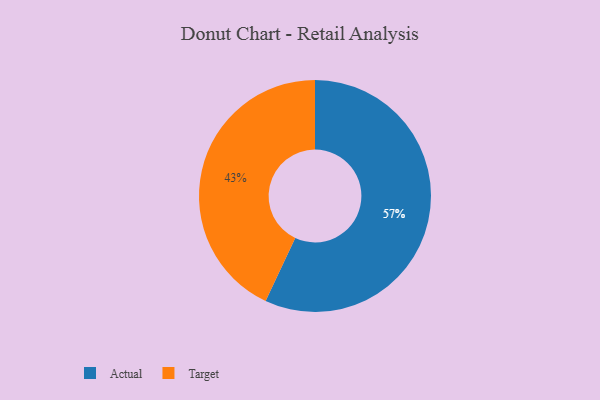
{"axis": {"x": "Category", "y": "Percentage"}, "legend": ["Actual", "Target"], "data": [{"x": "Actual", "y": 57, "type": "Actual"}, {"x": "Target", "y": 43, "type": "Target"}]}